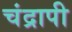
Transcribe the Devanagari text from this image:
चंद्रापी